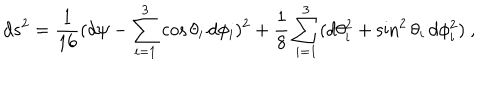
d s ^ { 2 } = \frac { 1 } { 1 6 } ( d \psi - \sum _ { i = 1 } ^ { 3 } \cos { \theta _ { i } } \, d \phi _ { i } ) ^ { 2 } + \frac { 1 } { 8 } \sum _ { i = 1 } ^ { 3 } ( d \theta _ { i } ^ { 2 } + \sin ^ { 2 } { \theta _ { i } } \, d \phi _ { i } ^ { 2 } ) \ ,